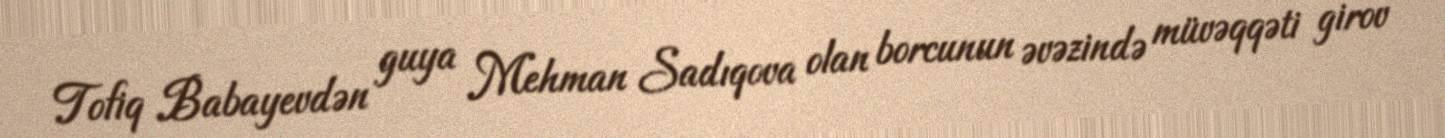
Tofiq Babayevdən guya Mehman Sadıqova olan borcunun əvəzində müvəqqəti girov